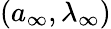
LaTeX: ({a}_{\infty},\lambda_{\infty})